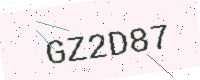
Text: GZ2D87